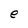
Character: e